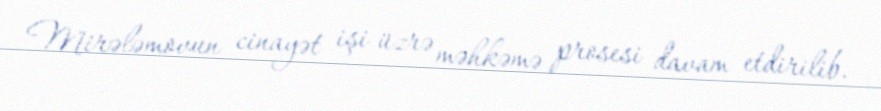
Mirələmovun cinayət işi üzrə məhkəmə prosesi davam etdirilib.